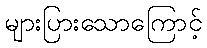
များပြားသောကြောင့်